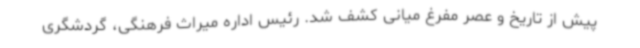
پیش از تاریخ و عصر مفرغ میانی کشف شد. رئیس اداره میراث فرهنگی، گردشگری